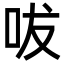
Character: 㕹